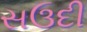
સઉદી